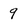
Character: 9